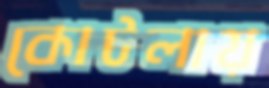
কোটলায়